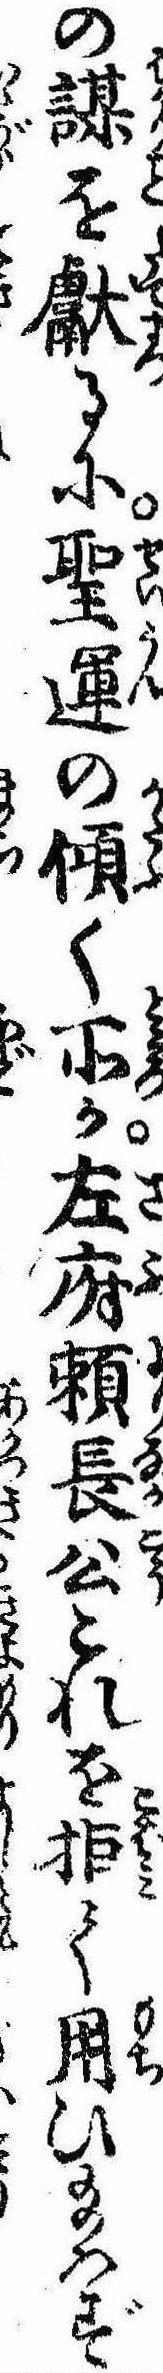
の謀を献るに聖運の傾く所か左府頼長公これを拒て用ひ給はず